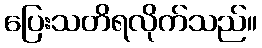
ပြေးသတိရလိုက်သည်။